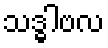
သဒ္ဓါဗလ